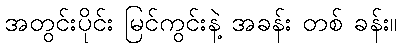
အတွင်းပိုင်း မြင်ကွင်းနဲ့ အခန်း တစ် ခန်း။